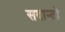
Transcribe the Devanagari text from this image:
सदान्तो